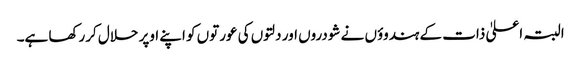
البتہ اعلیٰ ذات کے ہندوؤں نے شودروں اور دلتوں کی عورتوں کو اپنے اوپر حلال کررکھا ہے۔